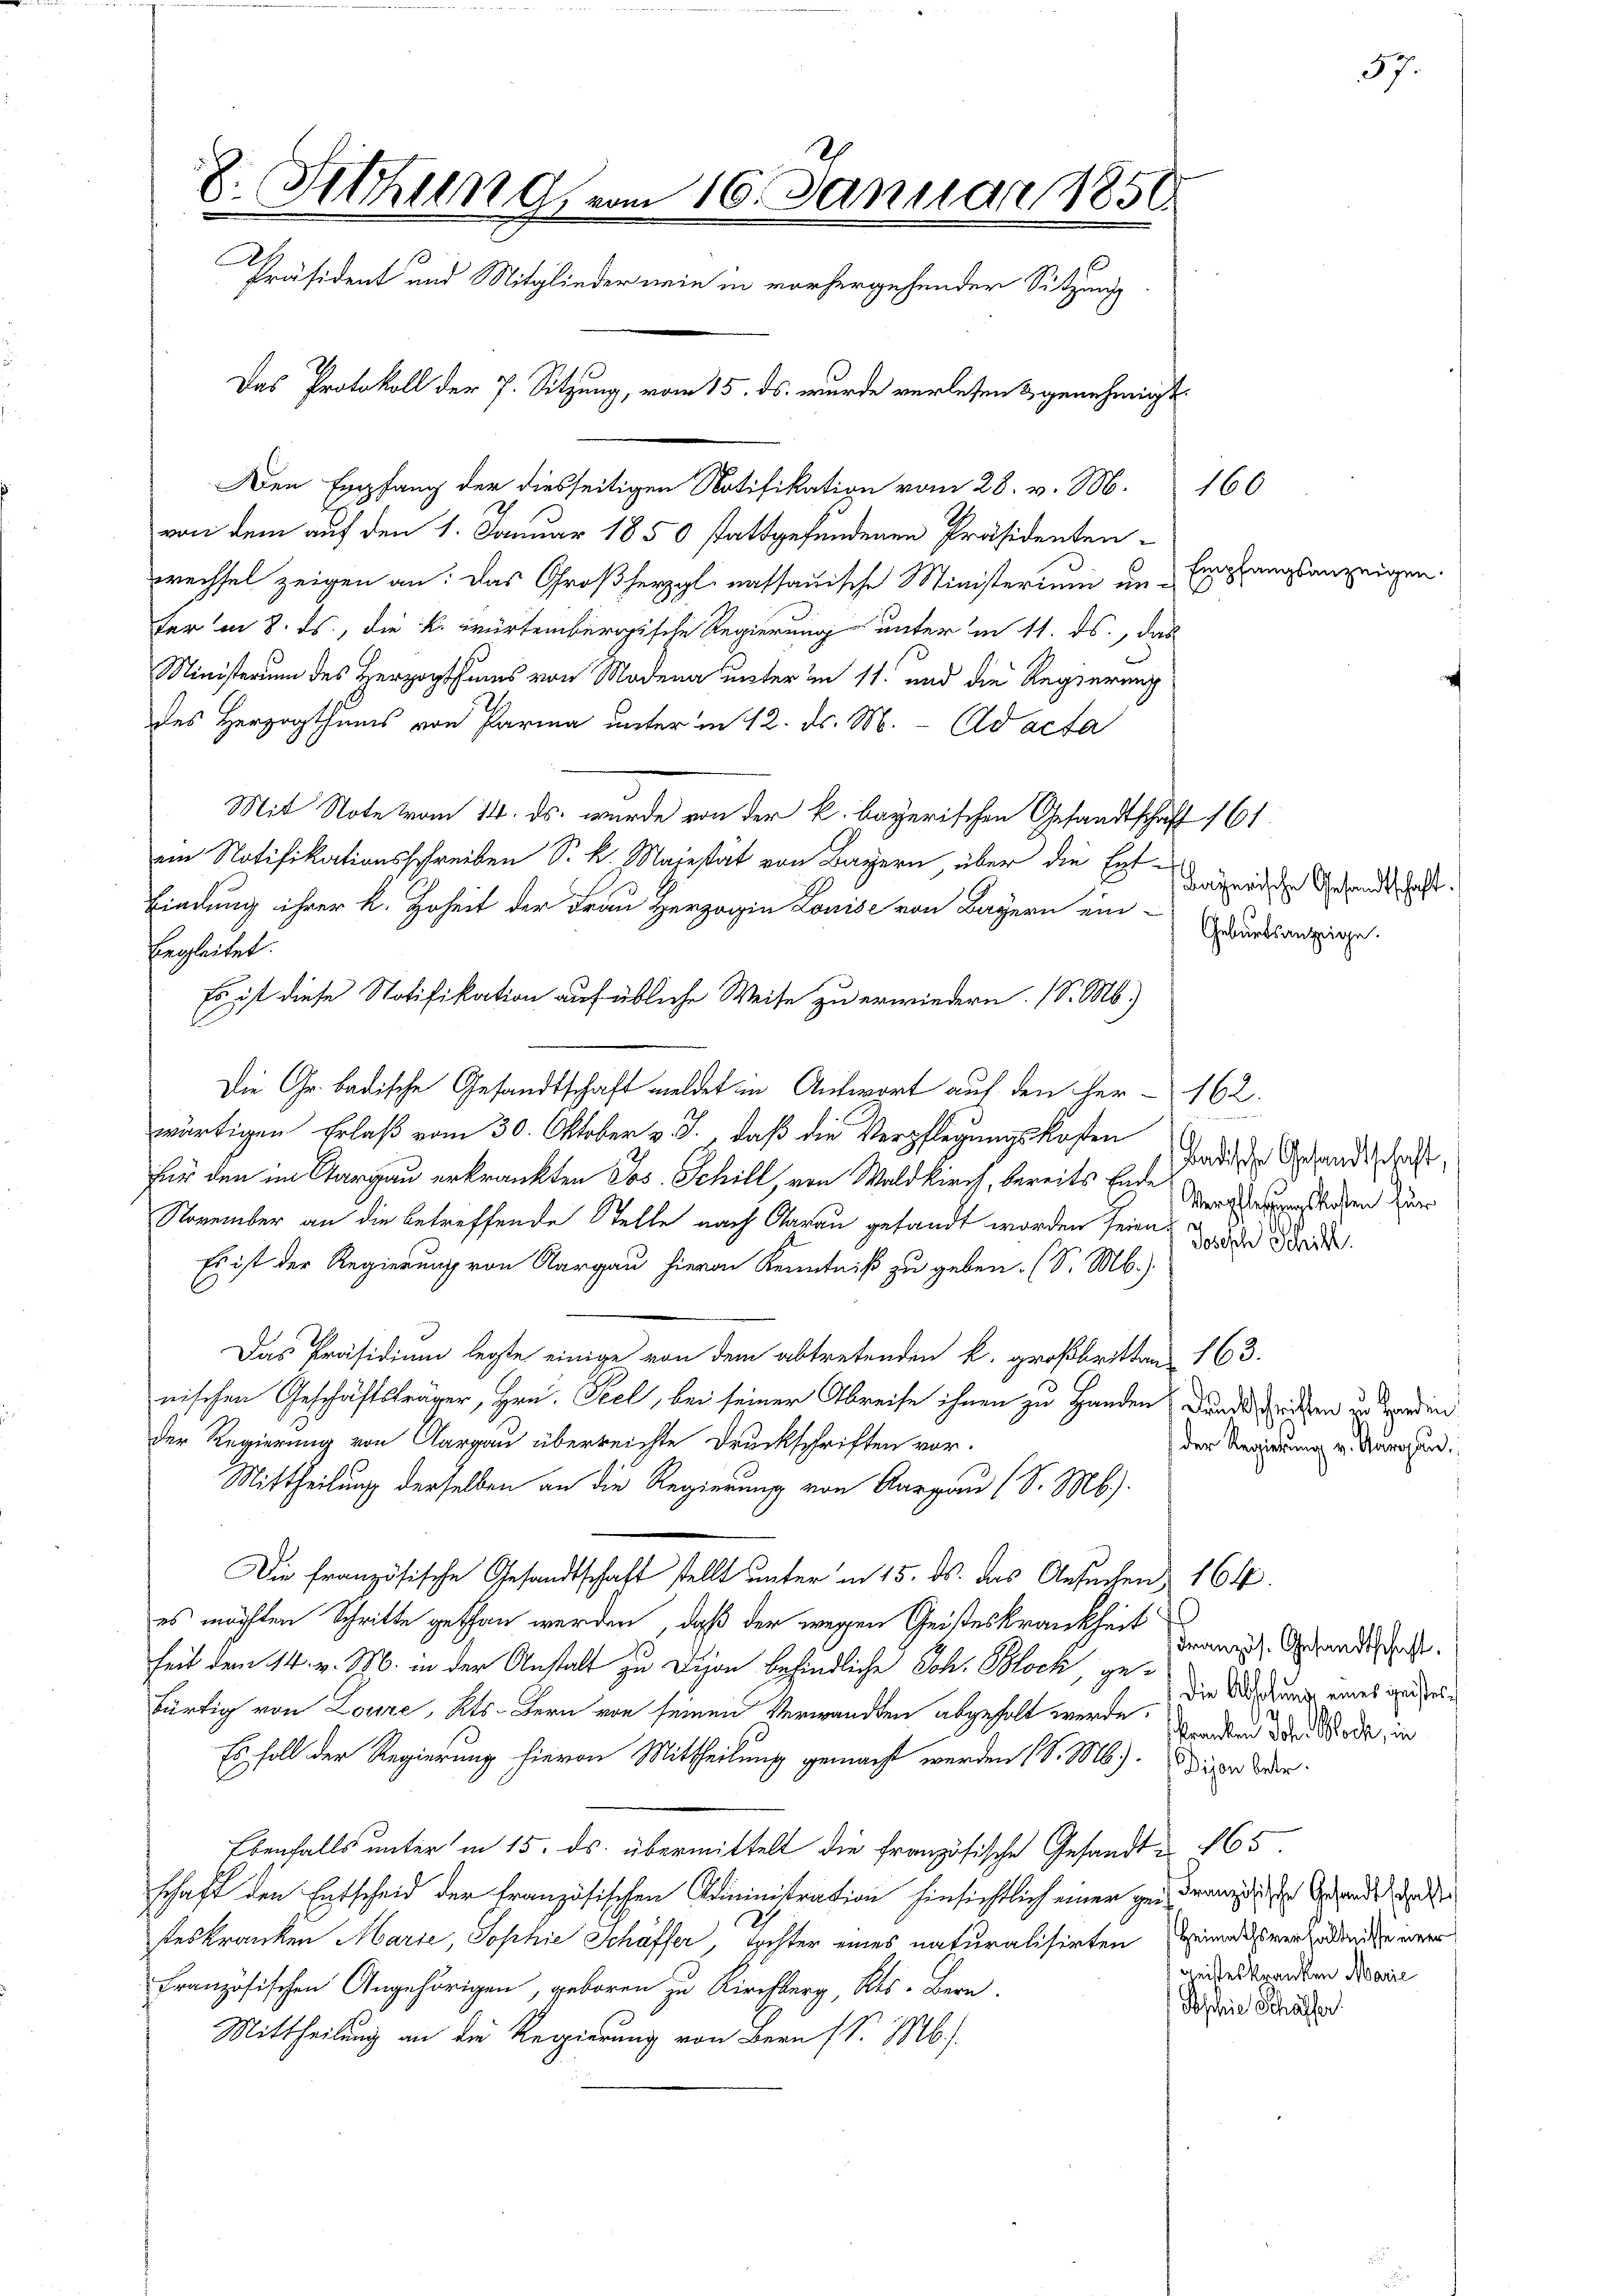
von dem auf den 1. Januar 1850 stattgefundenen Präsidenten-
wechsel zeigen an: das Großherzgl nassauische Ministerium unfer in 8. ds., die k. würtembergische Regierung unter in 11. ds., das
Ministerum des Herzogthums von Modena unter im 11. und die Regierung
des Herzogthums von Parma unter in 12. ds. M. Ad acta
Mit Note vom 14. ds. wurde von der k. bayerischen Gesandtschaft 161.
ein Notifikationsschreiben Sr. k. Majestät von Bayern, über die Entbindung ihrer k. Hoheit der Frau Herzogin Louise von Bayern ein-
begleitet.
Es ist diese Notifikation auf übliche Weise zu erwiedern. (S. M.)
Die Gr. badische Gesandtschaft meldet in Antwort auf den Her- 162.
wärtigen Erlaß vom 30. Oktober v. J., daß die Verpflegungskosten
für den im Aargau erkränkten Jos. Schill, von Waldkirch, bereits Ende
November an die betreffende Stelle nach darau gesandt worden seien. Sodende
Es ist der Regierung von Aargau hievon Kenntniß zu geben. (S. M.)
Das Präsidium legte einige von dem abtretenden k. großbritten 163.
nischen Geschäftsträger, Hrn. Seel, bei seiner Abreise ihnen zu Handen dunck seiden und werden
der Regierung von Aargau überreichte Druckschriften vor.
Mittheilung derselben an die Regierung von Aargau (S. M.).
Die französische Gesandtschaft stellt unter in 15. ds. das Ansuchen 164.
es möchten Schritte gethan werden, daß der wegen Geisteskrankheit
heit dem 14. v. M. in der Anstalt zu Dion befindliche Joh. Block, gebürtig von Loure, Kts. Bern von seinen Verwandten abgeholt werde, werden der Mode, in
Es soll der Regierung hievon Mittheilung gemacht werden (S. M.) Die Ver
Ebenfalls unter in 15. ds. übermittelt die französische Gesandt 165.
schaft den Entscheid der französischen Administration hinsichtlich einer zu Franz die Gerade de
teskranken Marie, Sophie Schäffer, Tochter eines naturalisirten Heindesverhaltende einer
Französischen Angehörigen, geboren zu Kirchberg, Kts. Bern
Poschie Schaffer
Mittheilung an die Regierung von Bern (S. M.)

8. Sitzung, vom 16. Januar 1858.
C
Präsident und Mitglieder mein in vorhergehender Sitzung
Das Protokoll der 7. Sitzung, vom 15. ds. wurde verlesen & genehmigt.
Den Empfang der diesseitigen Notifikation vom 28. v. M. 160

Empfangsanzeig

Bayerische Gesandtschaft.
Geburtsanzeige.

badische Gesandtschaft,
Verpflegungskoten für

der Regierung v. Thurgau.

Französ. Gesandtschaft.
Die Absolung eines geistes¬

geisteskranken Marie

57